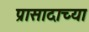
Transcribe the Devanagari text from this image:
प्रासादाच्या